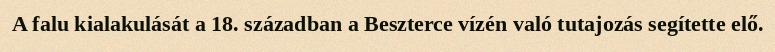
A falu kialakulását a 18. században a Beszterce vízén való tutajozás segítette elő.